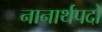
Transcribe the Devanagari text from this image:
नानार्थपदों